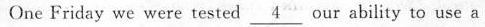
One Friday we were tested \underline{4} our ability to use a